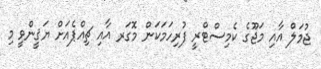
ޖުމަލް އާއި މަޖޫގެ ކެމިސްޓްރީ ފުރިހަމަކަން މޮގަރ އާއި ޗިއްޕެއަށް ޔަޤީންވީ މި